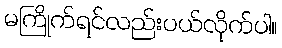
မကြိုက်ရင်လည်းပယ်လိုက်ပါ။